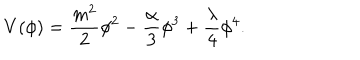
V ( \phi ) = \frac { m ^ { 2 } } { 2 } \phi ^ { 2 } - \frac { \alpha } { 3 } \phi ^ { 3 } + \frac { \lambda } { 4 } \phi ^ { 4 } .